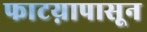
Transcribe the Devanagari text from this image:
फाटय़ापासून